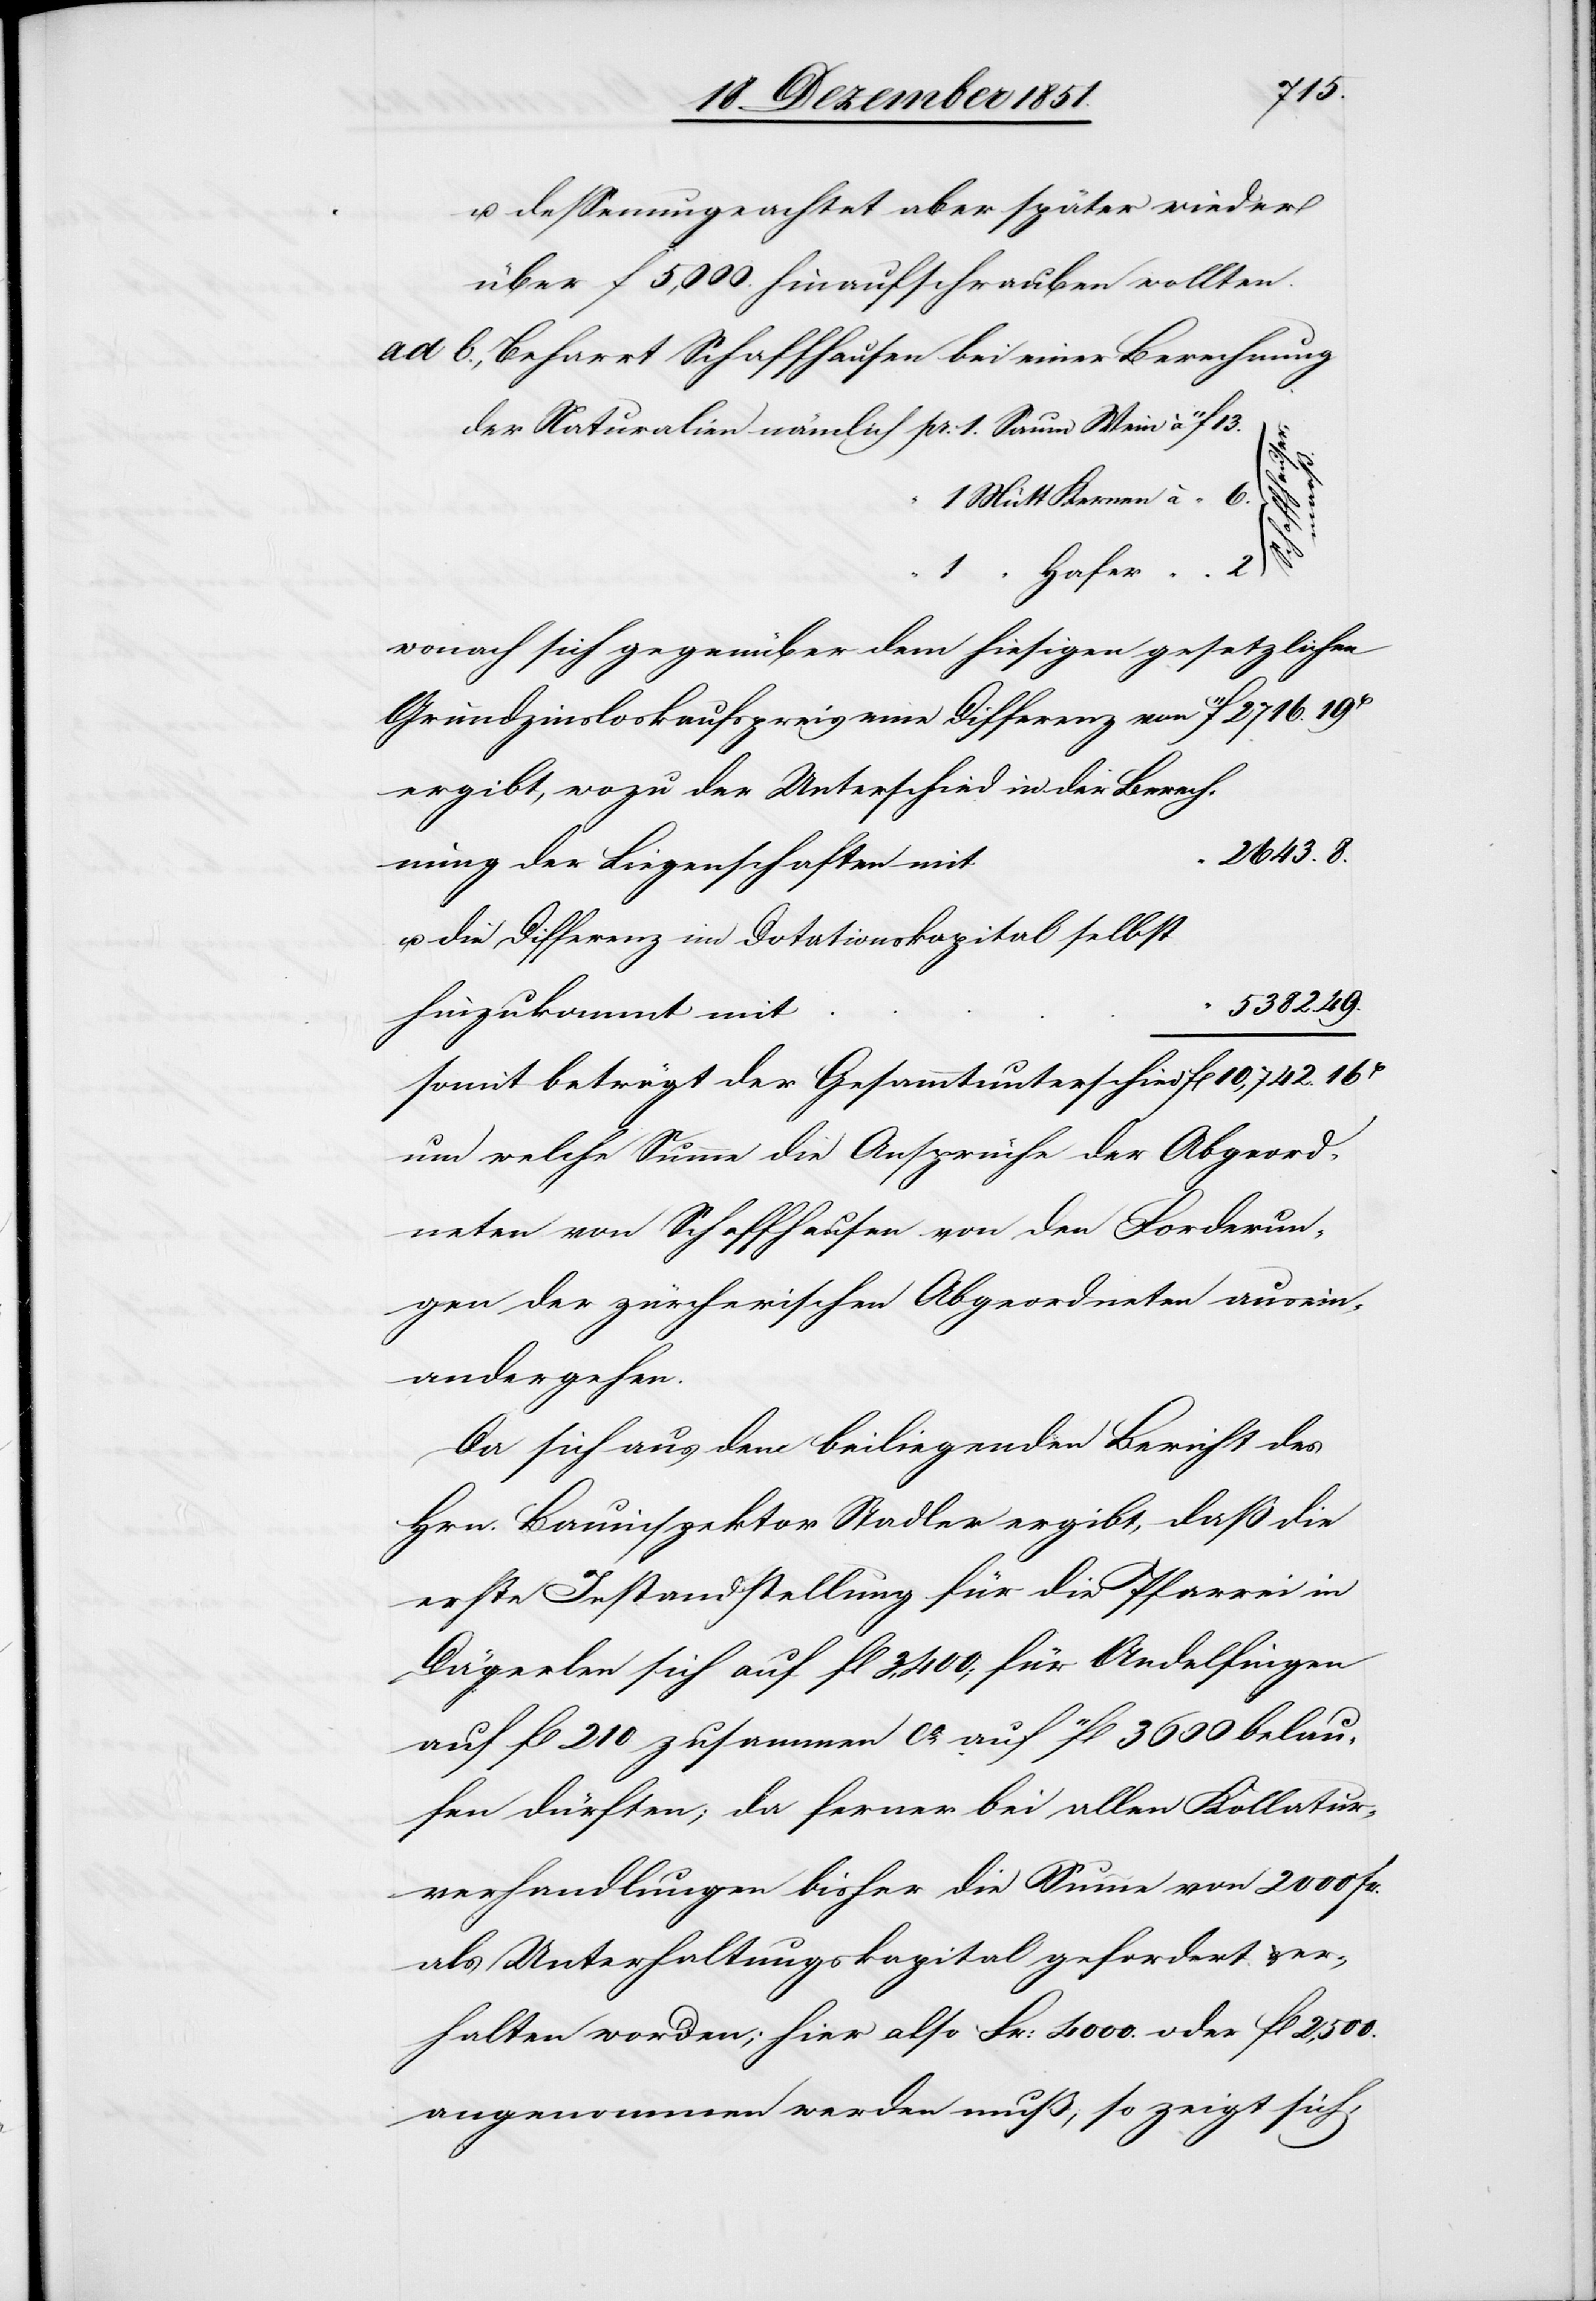
2716.
u. dessenungeachtet aber später wieder
über f 5,000. hinaufschrauben wollten.
Beharrt Schaffhausen bei einer Berechnung
“
“
Hafer “
wonach sich gegenüber dem hiesigen gesetzlichen
ergibt, wozu der Unterschied in der Berech¬
2643. 8.
nung der Liegenschaften mit
u. die Differenz im Dotationskapital selbst
5382. 49.
hinzukommt mit
somit beträgt der Gesammtunterschied
um welche Summe die Ansprüche der Abgeord¬
neten von Schaffhausen von den Forderun¬
gen der zürcherischen Abgeordneten ausein¬
andergehen.
Da sich aus dem beiliegenden Bericht des
Hrn. Bauinspektor Stadler ergibt, daß die
erste Instandstellung für die Pfarrei in
Dägerlen sich auf fl 3,400; für Andelfingen
auf fl 210 zusammen ca. auf 11fl 3600 belau¬
fen dürften; da ferner bei allen Kollatur¬
verhandlungen bisher die Summe von 2000 fr.
als Unterhaltungskapital gefordert & er¬
halten worden; hier also Fr: 4000. oder fl 2,500.
angenommen werden muß; so zeigt sich,